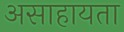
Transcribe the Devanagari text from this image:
असाहायता